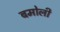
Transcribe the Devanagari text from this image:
बमोली